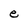
Character: e